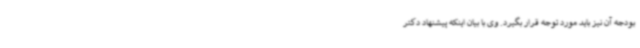
بودجه آن نیز باید مورد توجه قرار بگیرد. وی با بیان اینکه پیشنهاد دکتر